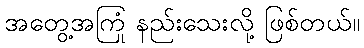
အတွေ့အကြုံ နည်းသေးလို့ ဖြစ်တယ်။